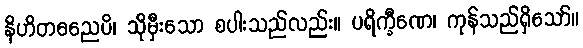
နိဟိတဓညေပိ၊ သိုမှီးသော စပါးသည်လည်း။ ပရိက္ခီဏေ၊ ကုန်သည်ရှိသော်။